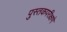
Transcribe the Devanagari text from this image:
पुस्तकपरीक्षणे